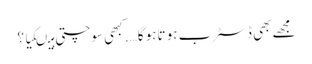
مجھے بھی ڈسٹرب ہو تاہو گا…. کبھی سوچتی ہیںکیا ؟